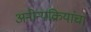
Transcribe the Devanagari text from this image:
अनोन्यक्रियांचा